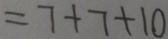
= 7 + 7 + 1 0